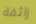
زائفة